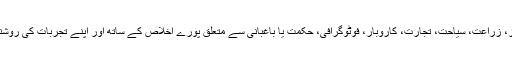
اسی طرح یہاں پر ٹیکنالوجی، کمپیوٹر ، موبائل فونز، زراعت، سیاحت، تجارت، کاروبار، فوٹوگرافی، حکمت یا باغبانی سے متعلق پورے اخلاص کے ساتھ اور اپنے تجربات کی روشنی میں مشورے دینے والوں کی بھی کمی نہیں ہے ۔